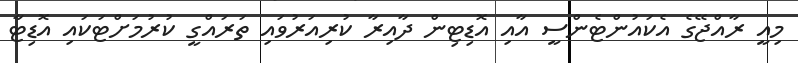
މިއީ ރާއްޖޭގެ އެކައުންޓެންސީ އާއި އޮޑިޓިން ދާއިރާ ކުރިއަރުވައި ތަރައްގީ ކުރުމަށްޓަކައި އޮޑިޓާ